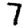
Digit: 7